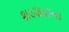
શરણાઇના